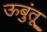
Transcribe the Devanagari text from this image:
ऊबुंतू